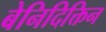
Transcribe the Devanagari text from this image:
बेनिदिक्तिन